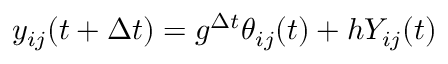
y _ { i j } ( t + \Delta t ) = g ^ { \Delta t } \theta _ { i j } ( t ) + h Y _ { i j } ( t )